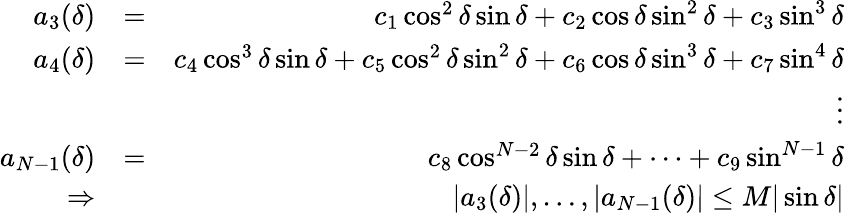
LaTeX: \begin{array}{rlr}{a_{3}(\delta)}&{=}&{c_{1}\cos^{2}\delta\sin\delta+c_{2}\cos\delta\sin^{2}\delta+c_{3}\sin^{3}\delta}\\ {a_{4}(\delta)}&{=}&{c_{4}\cos^{3}\delta\sin\delta+c_{5}\cos^{2}\delta\sin^{2}\delta+c_{6}\cos\delta\sin^{3}\delta+c_{7}\sin^{4}\delta}\\ &{}&{\vdots}\\ {a_{N-1}(\delta)}&{=}&{c_{8}\cos^{N-2}\delta\sin\delta+\cdots+c_{9}\sin^{N-1}\delta}\\ {\Rightarrow}&{}&{|a_{3}(\delta)|,\ldots,|a_{N-1}(\delta)|\leq M|\sin\delta|}\end{array}